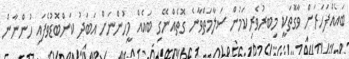
ބައެއްފަހަރަށް ވާގޮތަކީ މިބރުވެރިކަމުން ސަލާމަތްވާނެ ގޮތެއްނޭގި ބައެއް މީހުންނަށް އަބަދު ކަންބޮޑުވެފައި ހުންނާން